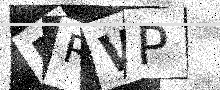
Text: FRWP